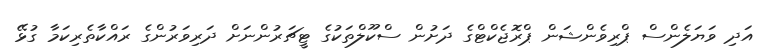
އަދި ވަޔަލެންސް ޕްރިވެންޝަން ޕްރޮޖެކްޓްގެ ދަށުން ސްކޫލްތަކުގެ ޓީޗަރުންނަށް ދަރިވަރުންގެ ރައްކާތެރިކަމާ ގުޅޭ